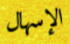
الإسهال